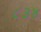
૮૩૪